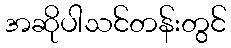
အဆိုပါသင်တန်းတွင်